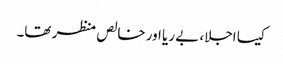
کیسا اجلا، بے ریا اور خالص منظر تھا۔